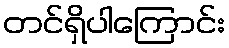
တင်ရှိပါကြောင်း